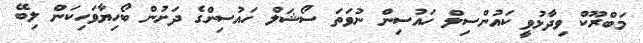
މަބްރޫކް ވިދާޅުވީ ކައުންސިލް ހައުސިން ނުވަތަ ސޯޝަލް ހައުސިންގެ ދަށުން ބޯހިޔާވަހިކަން ލިބޭ